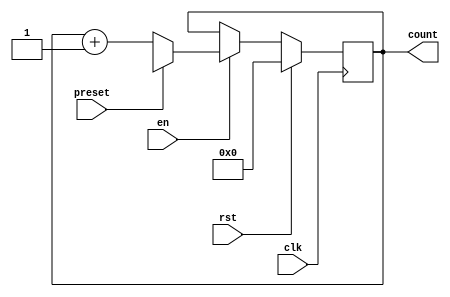
module counter (
    input wire clk,      // Clock input
    input wire rst,      // Reset input
    input wire en,       // Enable input
    input wire preset,   // Preset input
    
    output reg [3:0] count // 4-bit count output
);

// Internal signal declaration
reg [3:0] next_count;

always @(posedge clk) begin
    if (rst) begin
        count <= 4'b0; // Reset count to zero
    end else begin
        if (en) begin
            if (preset) begin
                count <= next_count; // Preset new count value
            end else begin
                count <= count + 1; // Increment count value
            end
        end
    end
end

endmodule